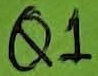
Text: Q1